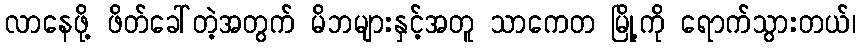
လာနေဖို့ ဖိတ်ခေါ်တဲ့အတွက် မိဘများနှင့်အတူ သာကေတ မြို့ကို ရောက်သွားတယ်၊